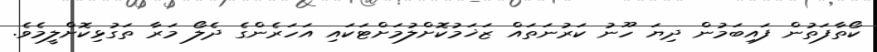
ކޯތާފަތުން ފައިބަމުން ދިޔަ ހޫނު ކަރުނަތައް ޒަޚަމުކޮށްލުމަށްޓަކައި އަހަރެންގެ ދެލޯ މަރާ ތަގުޅިކޮށްލީމެވެ.